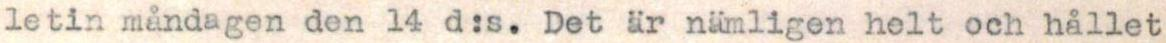
letin måndagen den 14 d:s. Det är nämligen helt och hållet